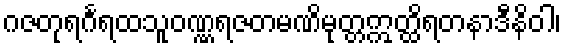
ဂဇတုရင်္ဂရထသူဝဏ္ဏရဇတမဏိမုတ္တဣတ္ထိရတနာဒီနိဝါ၊